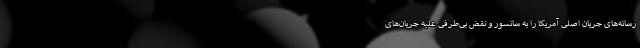
رسانه‌های جریان اصلی آمریکا را به سانسور و نقض بی‌طرفی علیه جریان‌های